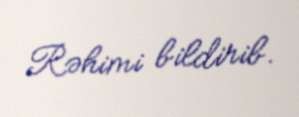
Rəhimi bildirib.